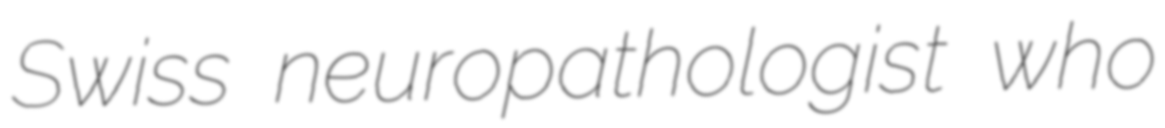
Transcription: Swiss neuropathologist who